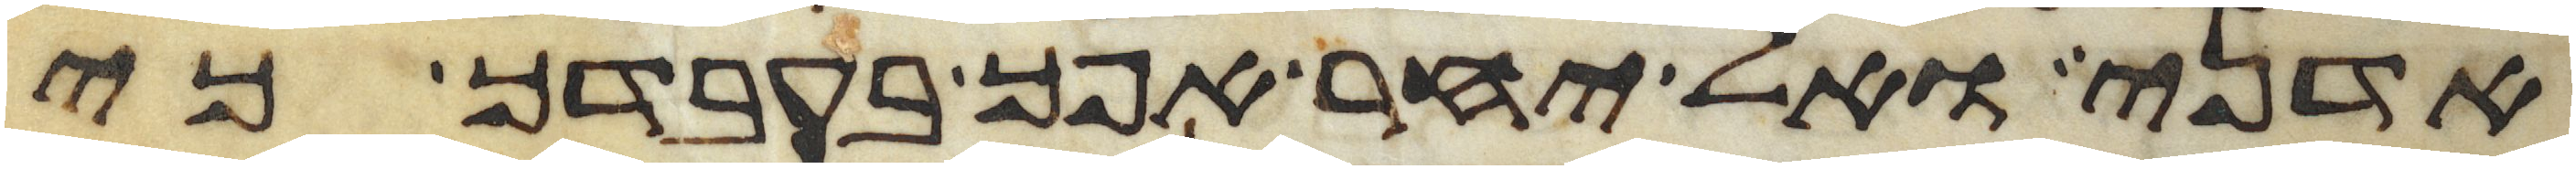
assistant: אדני ואל יחר אפך בעבדך כי